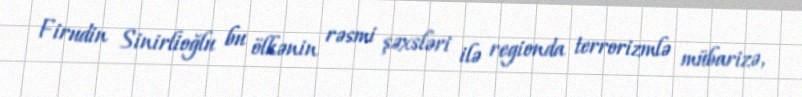
Firudin Sinirlioğlu bu ölkənin rəsmi şəxsləri ilə regionda terrorizmlə mübarizə,